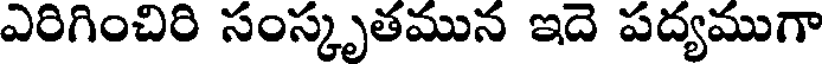
ఎరిగించిరి సంస్కృతమున ఇదె పద్యముగా